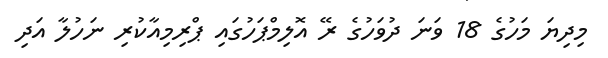
މިދިޔަ މަހުގެ 18 ވަނަ ދުވަހުގެ ރޭ އޮލިމްޕަހުގައި ޕްރިމިއާކުރި ނަހުލާ އަދި